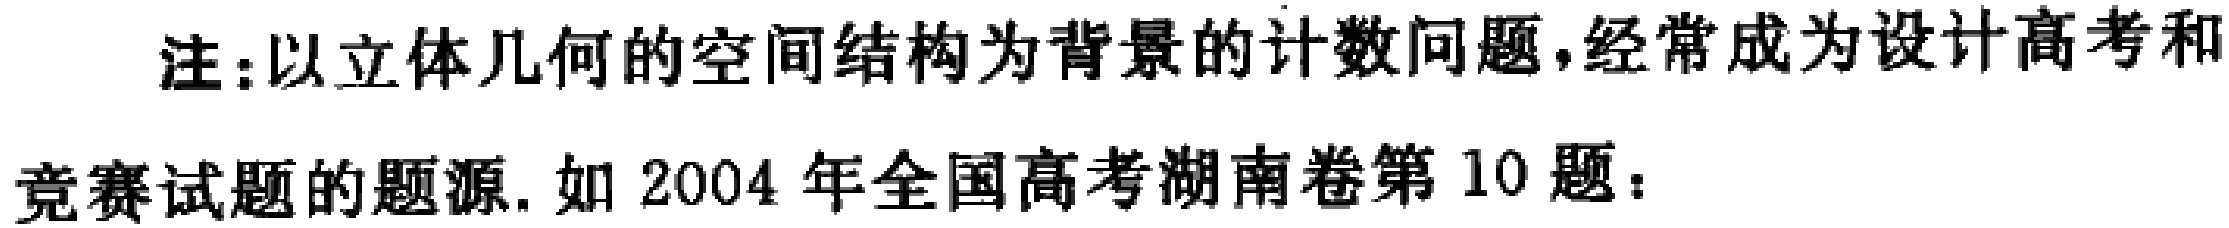
注:以立体几何的空间结构为背景的计数问题,经常成为设计高考和
竞赛试题的题源.如2004 年全国高考湖南卷第 10 题：